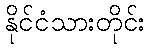
နိုင်ငံသားတိုင်း